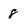
Character: 8